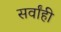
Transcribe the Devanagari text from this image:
सर्वांही